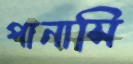
পানাসি